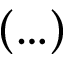
( \ldots )